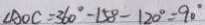
\angle A O C = 3 6 0 ^ { \circ } - 1 5 0 ^ { \circ } - 1 2 0 ^ { \circ } = 9 0 ^ { \circ }